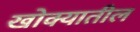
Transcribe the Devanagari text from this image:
खोक्यातील